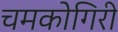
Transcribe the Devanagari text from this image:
चमकोगिरी